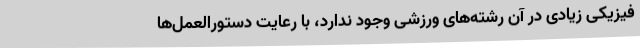
فیزیکی زیادی در آن رشته‌های ورزشی وجود ندارد، با رعایت دستورالعمل‌ها